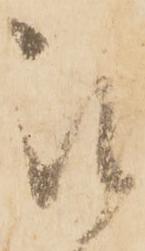
被